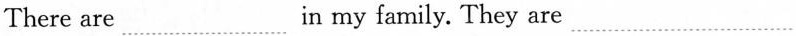
There are ___ in my family.They are___